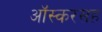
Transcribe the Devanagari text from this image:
ऑस्करसह